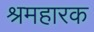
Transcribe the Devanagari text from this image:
श्रमहारक